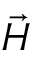
\vec { H }